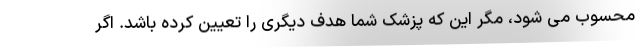
محسوب می شود، مگر این که پزشک شما هدف دیگری را تعیین کرده باشد. اگر